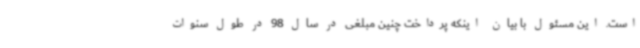
است. این مسئول با بیان اینکه پرداخت چنین مبلغی در سال 98 در طول سنوات